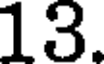
13.